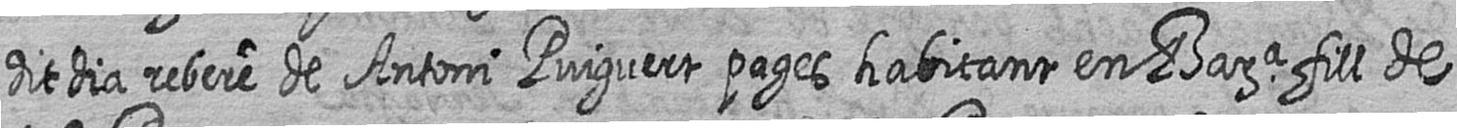
dit dia rebere de Antoni Puiguert pages habitant en Bara fill de